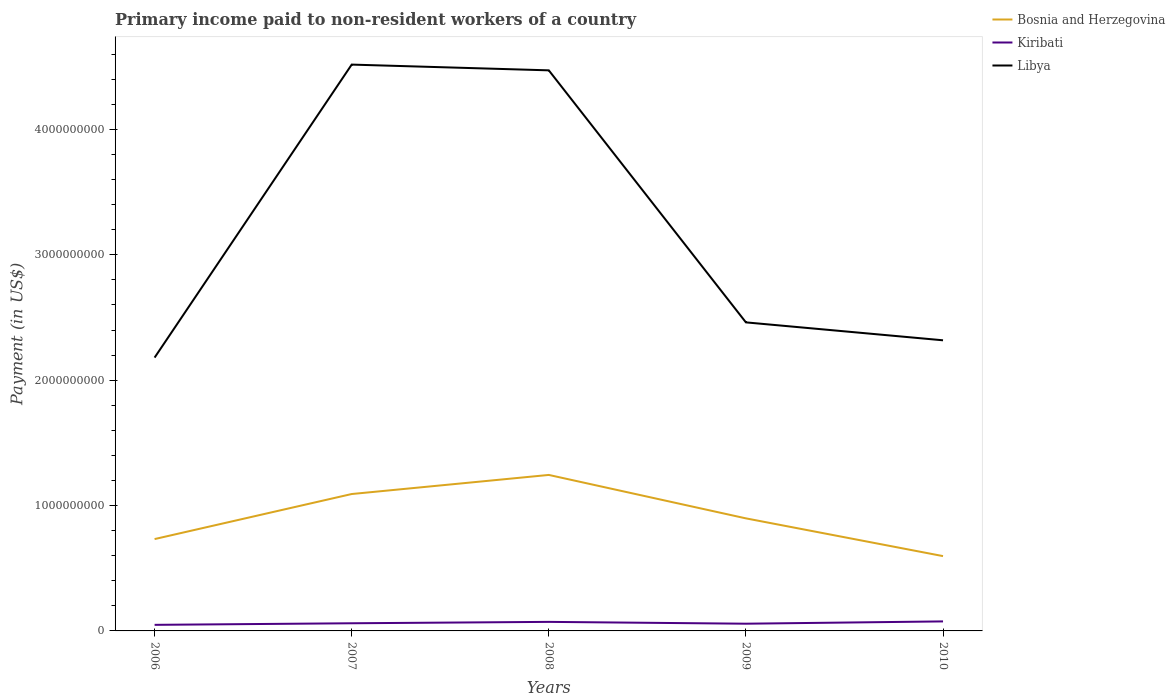
| Years | Bosnia and Herzegovina | Kiribati | Libya |
 | --- | --- | --- | --- |
 | 2006 | 7.33e+08 | 4.85e+07 | 2.18e+09 |
 | 2007 | 1.09e+09 | 6.1e+07 | 4.52e+09 |
 | 2008 | 1.24e+09 | 7.21e+07 | 4.47e+09 |
 | 2009 | 8.98e+08 | 5.76e+07 | 2.46e+09 |
 | 2010 | 5.97e+08 | 7.58e+07 | 2.32e+09 |